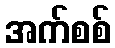
အက်စစ်